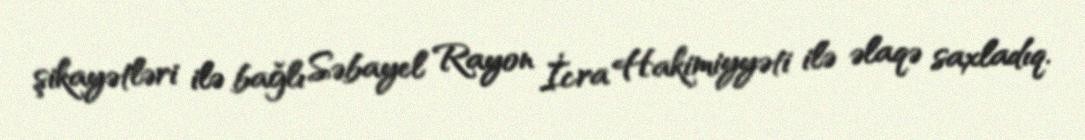
şikayətləri ilə bağlı Səbayel Rayon İcra Hakimiyyəti ilə əlaqə saxladıq.